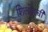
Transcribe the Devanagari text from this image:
शिलोहची